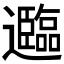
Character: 𮟤